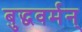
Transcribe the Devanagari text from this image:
बुद्धवर्मन्